Lunatic asylums in Bengal annual reports 1899-1911 - 1899-1911
Year: 1899
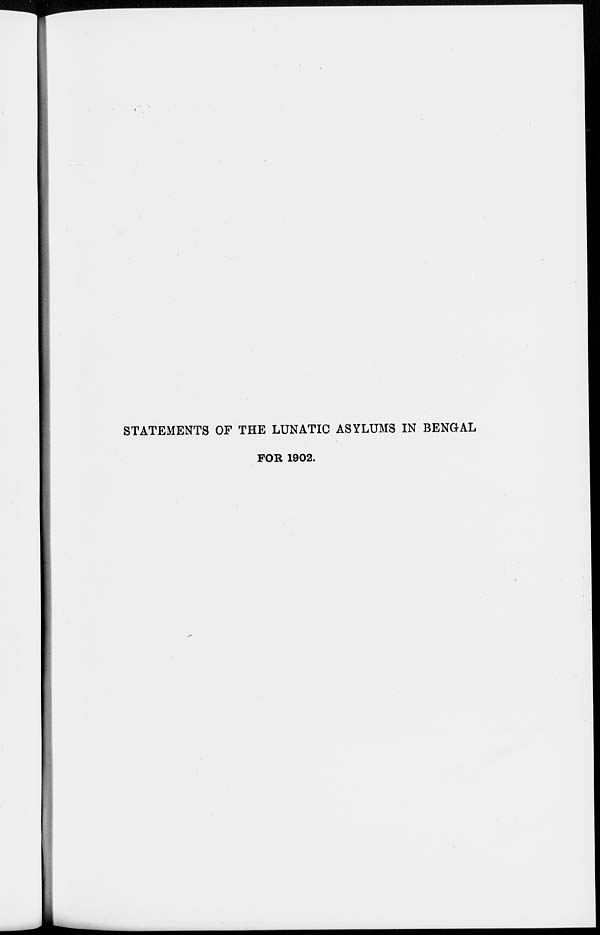
STATEMENTS OF THE LUNATIC ASYLUMS IN BENGAL
FOR 1902.